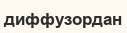
диффузордан